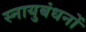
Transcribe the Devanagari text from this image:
स्नायुबंधनों